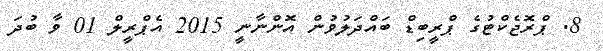
8. ޕްރޮޖެކްޓުގެ ޕްރީބިޑް ބައްދަލުވުން އޮންނާނީ 2015 އެޕްރީލް 01 ވާ ބުދަ